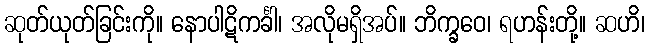
ဆုတ်ယုတ်ခြင်းကို။ နောပါဋိကင်္ခါ၊ အလိုမရှိအပ်။ ဘိက္ခဝေ၊ ရဟန်းတို့။ ဆဟိ၊